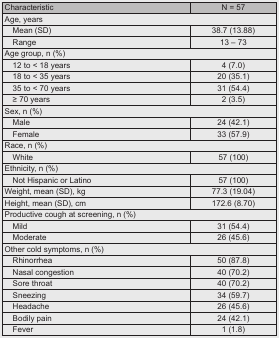
| Characteristic | N = 57 |
 | --- | --- |
 | <COLSPAN=2> Age, years |
 | Mean (SD) | 38.7 (13.88) |
 | Range | 13 – 73 |
 | <COLSPAN=2> Age group, n (%) |
 | 12 to < 18 years | 4 (7.0) |
 | 18 to < 35 years | 20 (35.1) |
 | 35 to < 70 years | 31 (54.4) |
 | ≥ 70 years | 2 (3.5) |
 | <COLSPAN=2> Sex, n (%) |
 | Male | 24 (42.1) |
 | Female | 33 (57.9) |
 | <COLSPAN=2> Race, n (%) |
 | White | 57 (100) |
 | <COLSPAN=2> Ethnicity, n (%) |
 | Not Hispanic or Latino | 57 (100) |
 | Weight, mean (SD), kg | 77.3 (19.04) |
 | Height, mean (SD), cm | 172.6 (8.70) |
 | <COLSPAN=2> Productive cough at screening, n (%) |
 | Mild | 31 (54.4) |
 | Moderate | 26 (45.6) |
 | <COLSPAN=2> Other cold symptoms, n (%) |
 | Rhinorrhea | 50 (87.8) |
 | Nasal congestion | 40 (70.2) |
 | Sore throat | 40 (70.2) |
 | Sneezing | 34 (59.7) |
 | Headache | 26 (45.6) |
 | Bodily pain | 24 (42.1) |
 | Fever | 1 (1.8) |